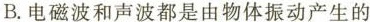
B.电磁波和声波都是由物体振动产生的